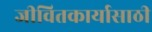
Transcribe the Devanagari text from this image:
जीवितकार्यासाठी